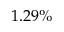
1 . 2 9 \%